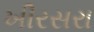
ખીરસરા